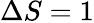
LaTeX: \Delta S=1